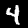
Label: 4